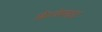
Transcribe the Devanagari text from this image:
ओल्डेमाइट